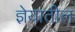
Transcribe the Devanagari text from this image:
ज्ञेयातील